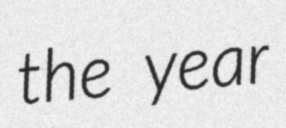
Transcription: the year